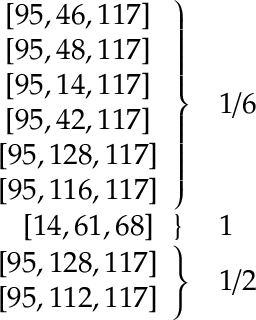
\begin{array} { r l r } { \left. \begin{array} { c } { \left[ 9 5 , 4 6 , 1 1 7 \right] } \\ { \left[ 9 5 , 4 8 , 1 1 7 \right] } \\ { \left[ 9 5 , 1 4 , 1 1 7 \right] } \\ { \left[ 9 5 , 4 2 , 1 1 7 \right] } \\ { \left[ 9 5 , 1 2 8 , 1 1 7 \right] } \\ { \left[ 9 5 , 1 1 6 , 1 1 7 \right] } \end{array} \right\} } & { 1 / 6 } & \\ { \left. \left[ 1 4 , 6 1 , 6 8 \right] \: \: \: \right\} \: } & { 1 } & \\ { \left. \begin{array} { c } { \left[ 9 5 , 1 2 8 , 1 1 7 \right] } \\ { \left[ 9 5 , 1 1 2 , 1 1 7 \right] } \end{array} \right\} } & { 1 / 2 } & \end{array}